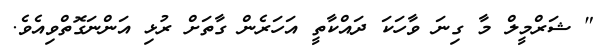
" ޝަރްމީލް މާ ގިނަ ވާހަކަ ދައްކާތީ އަހަރެން ގާތަށް ރުޅި އަންނަގޮތްވިއެވެ.